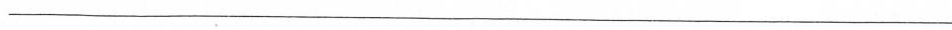
___